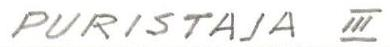
PURISTAJA III